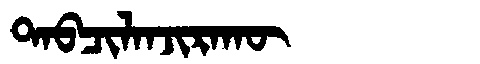
Manchu: ᡨᠠᠪᠴᡳᠯᠠᠨᠵᡳᡵᠠᡴᡡ
Romanization: TABCILANJIRAKŪ